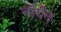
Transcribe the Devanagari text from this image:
नॉर्देन